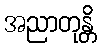
အညာတုန္တိ